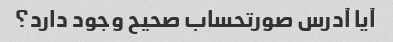
آیا آدرس صورتحساب صحیح وجود دارد؟